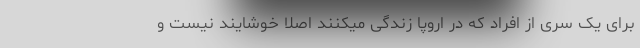
برای یک سری از افراد که در اروپا زندگی میکنند اصلا خوشایند نیست و